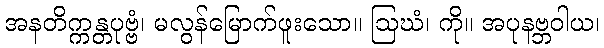
အနတိက္ကန္တပုဗ္ဗံ၊ မလွန်မြောက်ဖူးသော။ ဩဃံ၊ ကို။ အပုနဗ္ဘဝါယ၊